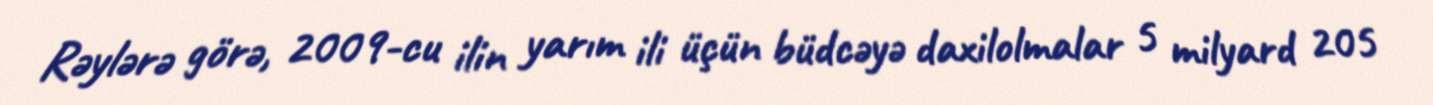
Rəylərə görə, 2009-cu ilin yarım ili üçün büdcəyə daxilolmalar 5 milyard 205